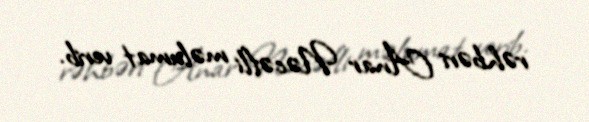
rəhbəri Anar Nəcəfli məlumat verib.